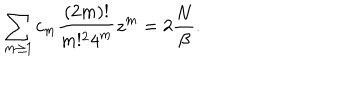
\sum _ { m \geq 1 } c _ { m } { \frac { ( 2 m ) ! } { m ! ^ { 2 } 4 ^ { m } } } z ^ { m } = 2 { \frac { N } { \beta } } .